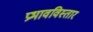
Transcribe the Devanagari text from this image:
प्रभावविस्तार